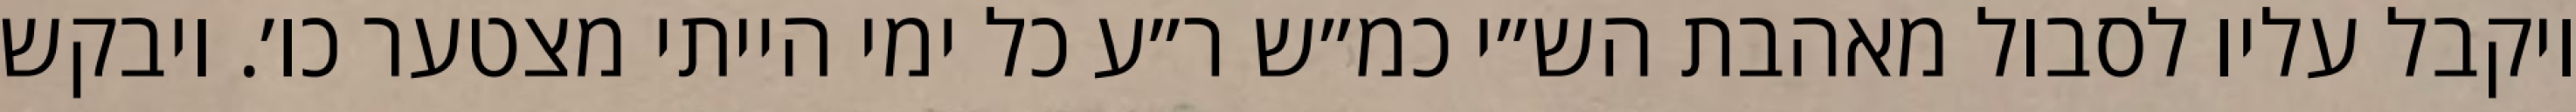
ויקבל עליו לסבול מאהבת הש״י כמ״ש ר״ע כל ימי הייתי מצטער כו׳. ויבקש